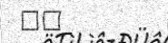
٢٢